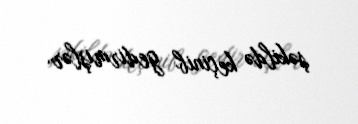
şəkildə keçinib gedirmişlər.